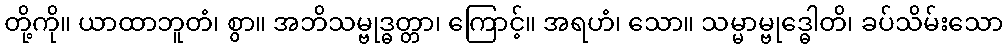
တို့ကို။ ယာထာဘူတံ၊ စွာ။ အဘိသမ္ဗုဒ္ဓတ္တာ၊ ကြောင့်။ အရဟံ၊ သော။ သမ္မာမ္ဗုဒ္ဓေါတိ၊ ခပ်သိမ်းသော